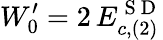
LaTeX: W_{0}^{\prime}=2\, E_{c,(2)}^{\mathrm{~S~D~}}